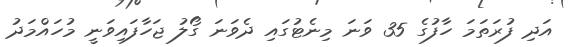
އަދި ފުރަތަމަ ހާފުގެ 35 ވަނަ މިނެޓުގައި ދެވަނަ ގޯލު ޖަހާފައިވަނީ މުހައްމަދު